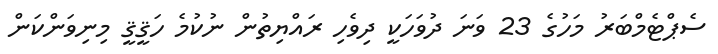
ސެޕްޓެމްބަރު މަހުގެ 23 ވަނަ ދުވަހަކީ ދިވެހި ރައްޔިތުން ނުކުމެ ހަޤީޤީ މިނިވަންކަން